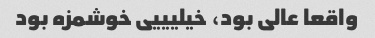
واقعا عالی بود، خیلیییی خوشمزه بود